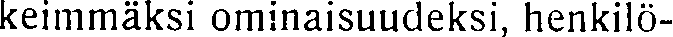
keimmäksi ominaisuudeksi, henkilö-